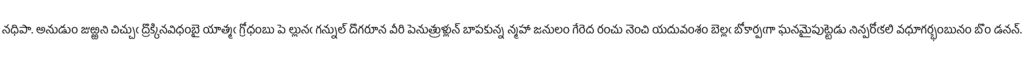
నధిపా. అనుడుం జుఱ్ఱని చిచ్చుఁ ద్రొక్కినవిధంబై యాత్మఁ గ్రోధంబు పె ల్లునఁ గన్నుల్ దొగరూన వీరి పెనుత్రుళ్లున్ బాపకున్న న్మహా జనులం గేరెద రంచు నెంచి యదువంశం బెల్లఁ బోకార్పఁగా ఘనమైపుట్టెడు నిన్పరోఁకలి వధూగర్భంబునం బొం డనన్.